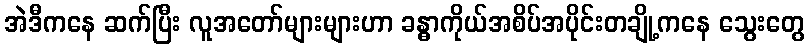
အဲဒီကနေ ဆက်ပြီး လူအတော်များများဟာ ခန္ဓာကိုယ်အစိပ်အပိုင်းတချို့ကနေ သွေးတွေ